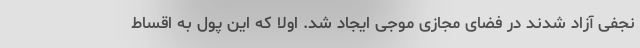
نجفی آزاد شدند در فضای مجازی موجی ایجاد شد. اولاً که این پول به اقساط